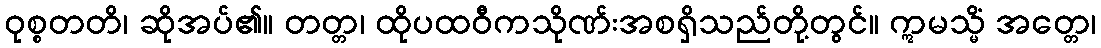
ဝုစ္စတတိ၊ ဆိုအပ်၏။ တတ္တ၊ ထိုပထဝီကသိုဏ်းအစရှိသည်တို့တွင်။ ဣမသ္မိံ အတ္တေ၊